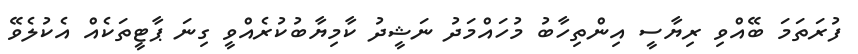
ފުރަތަމަ ބޭއްވި ރިޔާސީ އިންތިހާބު މުހައްމަދު ނަޝީދު ކާމިޔާބުކުރެއްވީ ގިނަ ޕާޓީތަކެއް އެކުލެވޭ